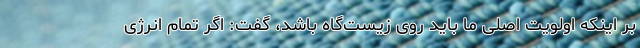
بر اینکه اولویت اصلی ما باید روی زیست‌گاه باشد، گفت: اگر تمام انرژی